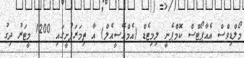
މޯލްޑިވްސް އެއާޕޯޓްސް ކޮމްޕެނީ ލިމިޓެޑް (އެމްއޭސީއެލް) އާ ތިމަރަފުށީގައި 1200 މީޓަރު ދިގު